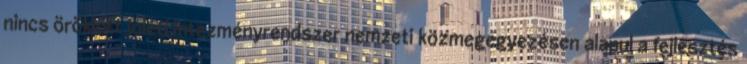
nincs öröklött jóléti intézményrendszer nemzeti közmegegyezésen alapul a fejlesztés